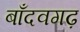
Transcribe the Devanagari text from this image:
बाँदवगढ़